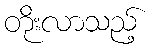
တိုးလာသည့်